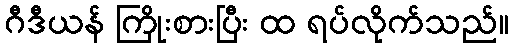
ဂီဒီယန် ကြိုးစားပြီး ထ ရပ်လိုက်သည်။